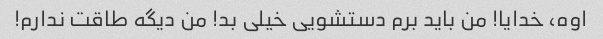
اوه، خدایا! من باید برم دستشویی خیلی بد! من دیگه طاقت ندارم!